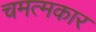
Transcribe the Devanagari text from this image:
चमत्मकार